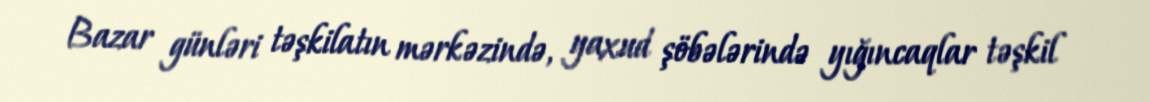
Bazar günləri təşkilatın mərkəzində, yaxud şöbələrində yığıncaqlar təşkil